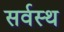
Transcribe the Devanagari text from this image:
सर्वस्थ